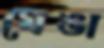
ঘেঙা